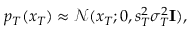
p _ { T } ( x _ { T } ) \approx \mathcal { N } ( x _ { T } ; 0 , s _ { T } ^ { 2 } \sigma _ { T } ^ { 2 } \mathbf { I } ) ,